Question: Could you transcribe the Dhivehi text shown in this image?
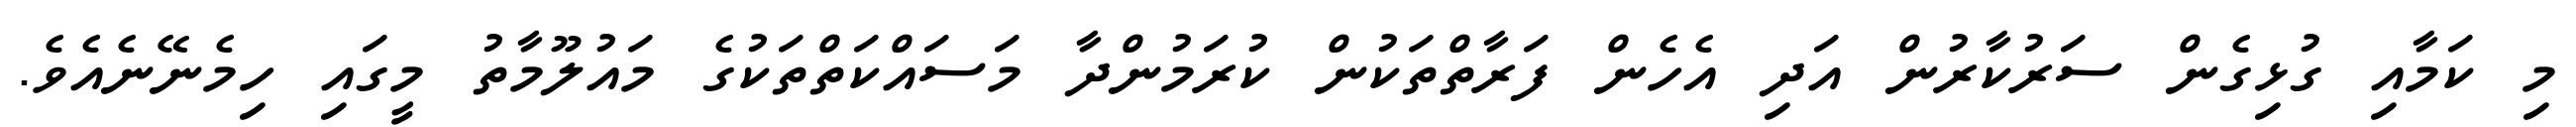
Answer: މި ކަމާއި ގުޅިގެން ސަރުކާރުން އަދި އެހެން ފަރާތްތަކުން ކުރަމުންދާ މަސައްކަތްތަކުގެ މައުލޫމާތު މީގައި ހިމެނޭނެއެވެ.